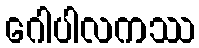
ဂေါပါလကဿ